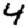
Digit: 4